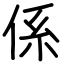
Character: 係